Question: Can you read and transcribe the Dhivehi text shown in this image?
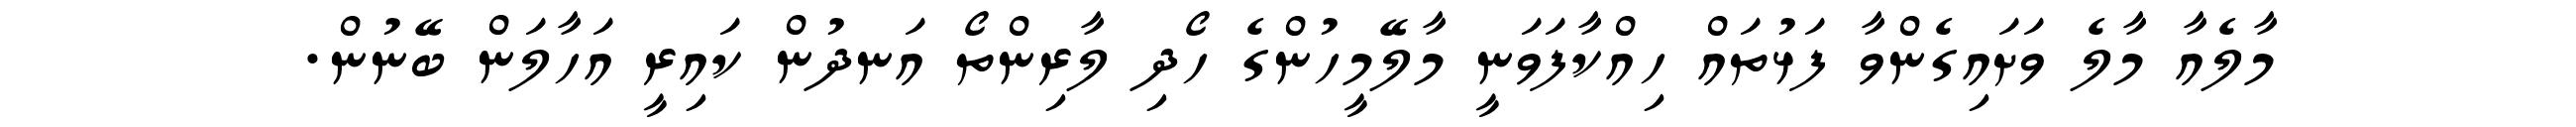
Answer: މާލެއާ މާލެ ވަށައިގެންވާ ފަޅުތައް ހިއްކާފަވަނީ މާލޭމީހުންގެ ހޯދި ލާރިންތޯ އަނދުން ކައިރީ އަހާލަން ބޭނުން.